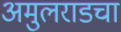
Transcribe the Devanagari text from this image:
अमुलराडचा